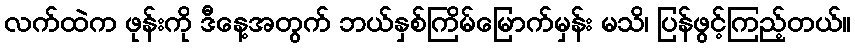
လက်ထဲက ဖုန်းကို ဒီနေ့အတွက် ဘယ်နှစ်ကြိမ်မြောက်မှန်း မသိ၊ ပြန်ဖွင့်ကြည့်တယ်။